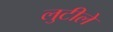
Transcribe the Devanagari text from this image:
लुटीले